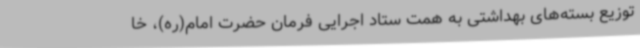
توزیع بسته‌های بهداشتی به همت ستاد اجرایی فرمان حضرت امام(ره)، خا